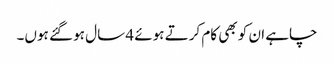
چاہے ان کو بھی کام کرتے ہوئے 4 سال ہو گئے ہوں۔